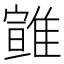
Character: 𩀈